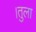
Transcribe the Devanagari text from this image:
।तुला